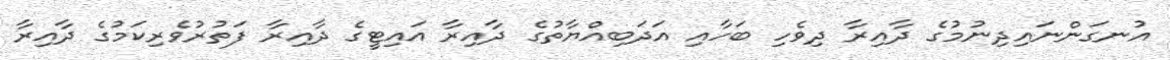
އުނގަންނައިދިނުމުގެ ދާއިރާ ދިވެހި ބަހާއި އަދަބިއްޔާތުގެ ދާއިރާ އައިޓީގެ ދާއިރާ ފަތުރުވެރިކަމުގެ ދާއިރާ